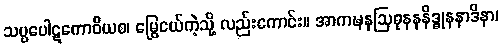
သပ္ပပေါဋကောဝိယစ၊ မြွေငယ်ကဲ့သို့ လည်းကောင်း။ အာကဍ္ဎနဩဓုနနနိဒ္ဓုနနာဒိနာ၊